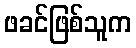
ဖခင်ဖြစ်သူက